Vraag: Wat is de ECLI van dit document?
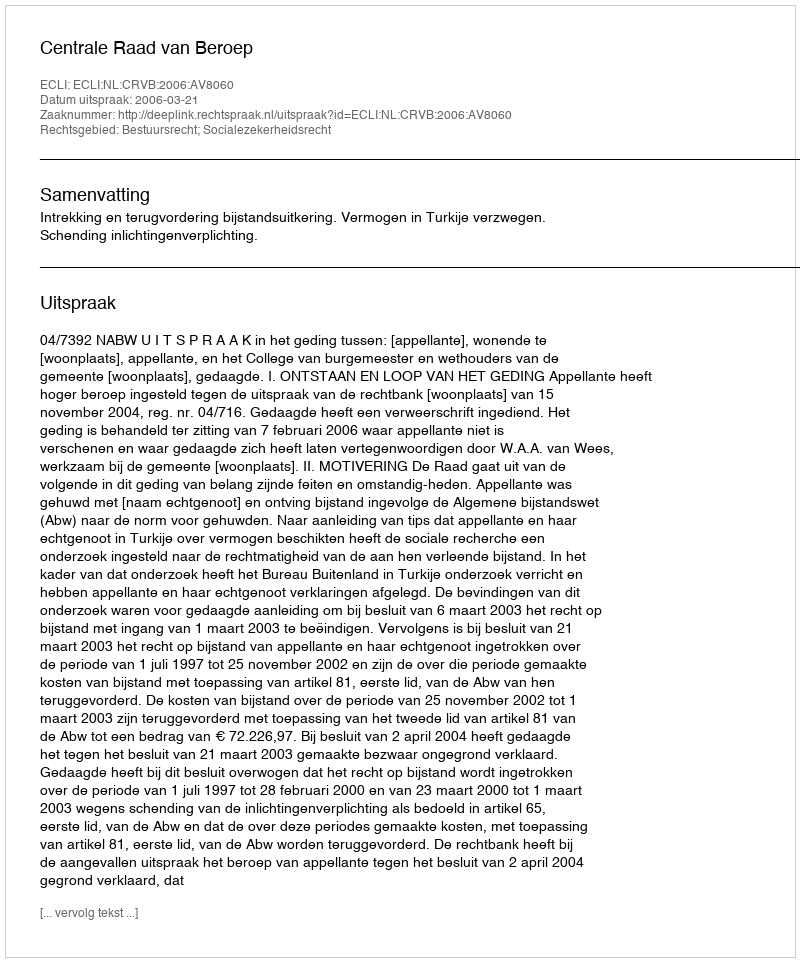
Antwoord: ECLI:NL:CRVB:2006:AV8060